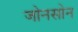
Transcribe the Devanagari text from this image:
जोनसोन